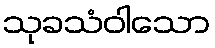
သုခသံဝါသော